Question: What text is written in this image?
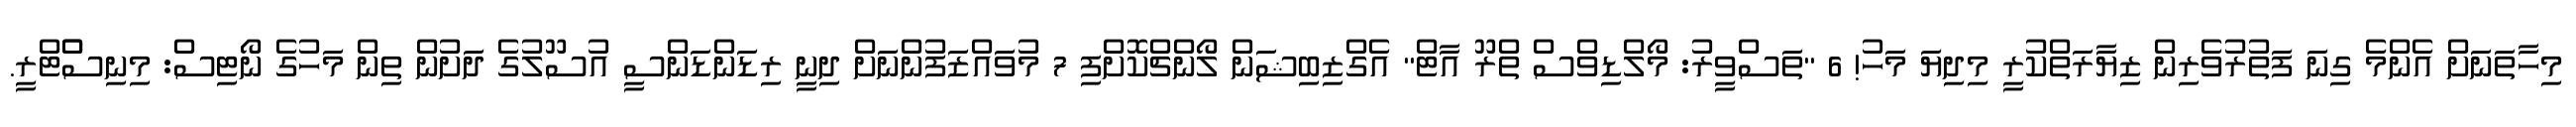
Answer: މިހާތަނަށް އެންމެ ގިނަ ފަތުރުވެރިން ޒިޔާރަތްކުރީ މިދިޔަ މަހު! 6 "ތަސްވީރު: މޯލްޑިވްސް ތްރޫ އާޓް" އެގްޒިބިޝަން ލޯންޗްކޮށްފި 7 މުވައްޒަފުންނަށް ދިނީ ރިޑަންޑަންސީ އުސޫލުގެ ދަށުން ތިން މަހުގެ ނޯޓިސް: މިނިސްްޓްރީ.